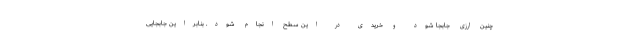
چنین ارزی جابجا شود و خریدی در این سطح انجام شود. بنابراین جابجایی